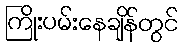
ကြိုးပမ်းနေချိန်တွင်